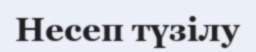
Несеп түзілу